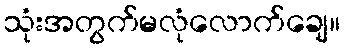
သုံးအတွက်မလုံလောက်ချေ။